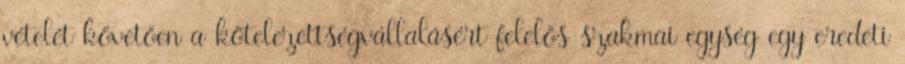
vételét követően a kötelezettségvállalásért felelős szakmai egység egy eredeti